Indian journal of veterinary science and animal husbandry - Volume 7,
Year: 1937
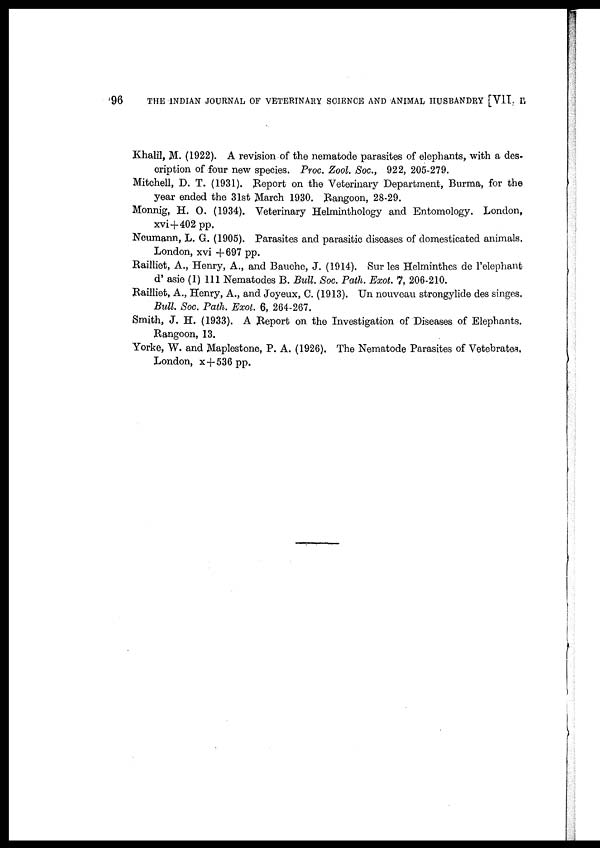
96
THE INDIAN JOURNAL OF VETERINARY SCIENCE AND ANIMAL HUSBANDRY [VII II
Khalil, M. (1922). A revision of the nematode parasites of elephants, with a des-
cription of four new species. Proc. Zool. Soc., 922, 205-279.
Mitchell, D. T. (1931). Report on the Veterinary Department, Burma, for the
year ended the 31st March 1930. Rangoon, 28-29.
Monnig, H. O. (1934). Veterinary Helminthology and Entomology. London,
xvi+402 pp.
Neumann, L. G. (1905). Parasites and parasitic diseases of domesticated animals.
London, xvi +697 pp.
Railliet, A., Henry, A., and Bauche, J. (1914). Sur les Helminthes de l'elephant
d' asie (1) 111 Nematodes B. Bull. Soc. Path. Exot. 7, 206-210.
Railliet, A., Henry, A., and Joyeux, C. (1913). Un nouveau strongylide des singes.
Bull. Soc. Path. Exot. 6, 264-267.
Smith, J. H. (1933). A Report on the Investigation of Diseases of Elephants.
Rangoon, 13.
Yorke, W. and Maplestone, P. A. (1926). The Nematode Parasites of Vetebrates.
London, x+536pp.